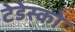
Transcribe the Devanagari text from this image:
टेडेस्को